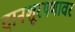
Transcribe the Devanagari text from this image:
दानशूरपणावर